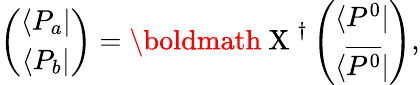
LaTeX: \left(\begin{array}{c}{{\langle P_{a}|}}\\ {{\langle P_{b}|}}\end{array}\right)=\mathrm{\boldmath~X~}^{\dagger}\left(\begin{array}{c}{{\langle P^{0}|}}\\ {{\langle\overline{{{P^{0}}}}|}}\end{array}\right),